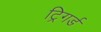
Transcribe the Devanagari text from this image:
ट्रिगर्ड